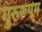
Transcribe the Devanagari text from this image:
गुरुरूपम